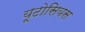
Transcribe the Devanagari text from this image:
यूटोसियस